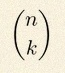
\binom{n}{k}